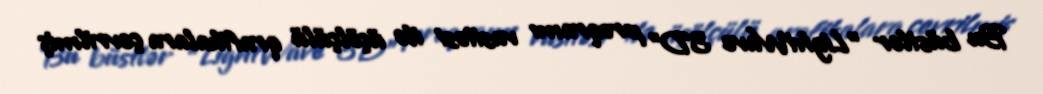
Bu büstlər "LightWave 3D" proqramı vasitəsi ilə üçölçülü qrafikalara çevrilmiş